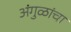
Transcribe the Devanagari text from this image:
अंगुळांचा